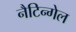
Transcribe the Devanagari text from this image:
नैटिन्गेल